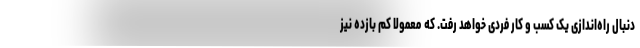
دنبال راه‌اندازی یک کسب و کار فردی خواهد رفت. که معمولا کم بازده نیز